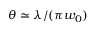
\theta \simeq \lambda / ( \pi w _ { 0 } )